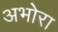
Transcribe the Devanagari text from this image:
अभोरा